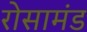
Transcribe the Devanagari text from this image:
रोसामंड